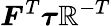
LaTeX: {\boldsymbol{F}}^{T}{\boldsymbol{\tau}}{\boldsymbol{\mathbb{R}}}^{-T}